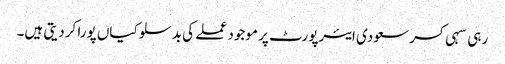
رہی سہی کسر سعودی ایئرپورٹ پر موجود عملے کی بدسلوکیاں پورا کردیتی ہیں۔